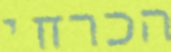
הכרחי